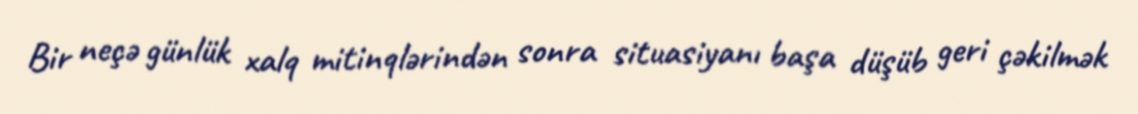
Bir neçə günlük xalq mitinqlərindən sonra situasiyanı başa düşüb geri çəkilmək